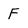
Character: F